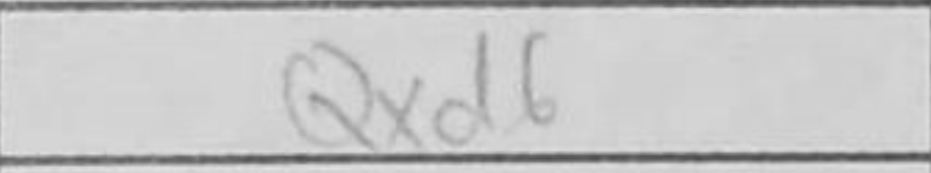
Transcription: Qxd6